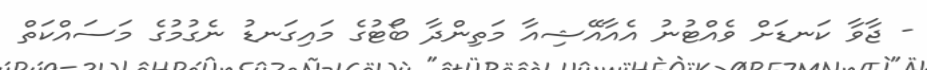
- ޖާވާ ކަނޑަށް ވެއްޓުނު އެއާއޭޝިއާ މަތިންދާ ބޯޓުގެ މައިގަނޑު ނެގުމުގެ މަސައްކަތް